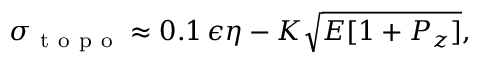
\sigma _ { \mathrm { ~ t ~ o ~ p ~ o ~ } } \approx 0 . 1 \, \epsilon \eta - K \sqrt { E [ 1 + P _ { z } ] } ,